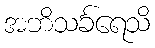
အဘိသင်္ခရေသိ